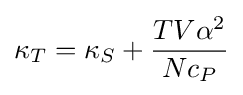
\kappa _{T}=\kappa _{S}+{\frac {TV\alpha ^{2}}{Nc_{P}}}